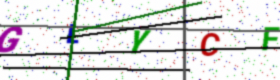
Text: GLYCF